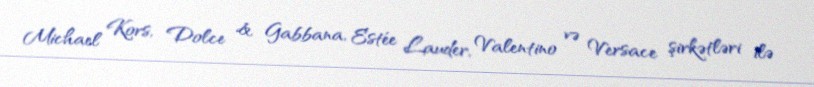
Michael Kors, Dolce & Gabbana, Estée Lauder, Valentino və Versace şirkətləri ilə